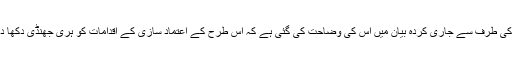
داخلہ امور کی طرف سے جاری کردہ بیان میں اس کی وضاحت کی گئی ہے کہ اس طرح کے اعتماد سازی کے اقدامات کو ہری جھنڈی دکھا دی گئی ہے۔